Vaccination in Bombay 1874-1876 - 1874-1876
Year: 1874
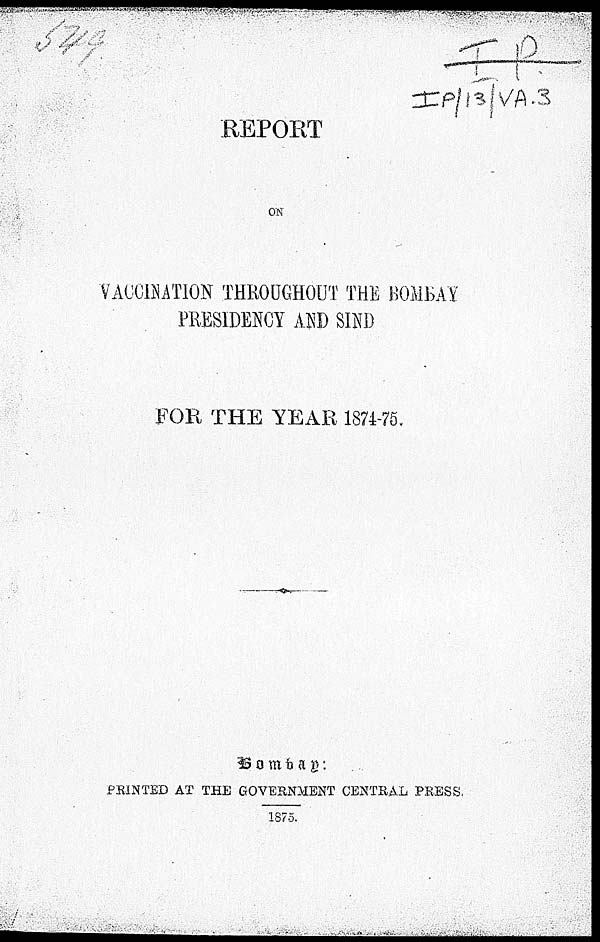
REPORT
ON
VACCINATION THROUGHOUT THE BOMBAY
PRESIDENCY AND SIND
FOR THE YEAR 1874-75.
Bombay:
PRINTED AT THE GOVERNMENT CENTRAL PRESS.
1875.